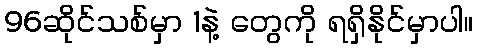
96ဆိုင်သစ်မှာ 1နဲ့ တွေကို ရရှိနိုင်မှာပါ။